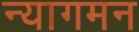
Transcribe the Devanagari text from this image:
न्यागमन